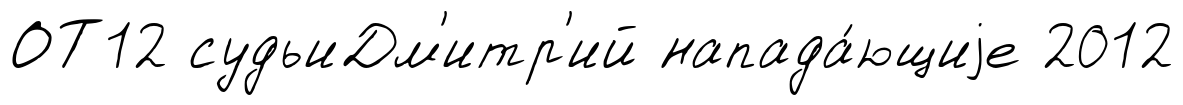
ОТ12 судьиДм'итр'ий напада́ющиjе 2012